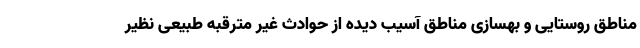
مناطق روستایی و بهسازی مناطق آسیب دیده از حوادث غیر مترقبه طبیعی نظیر